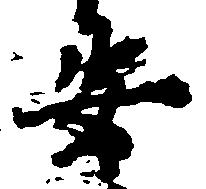
安